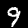
Digit: 9